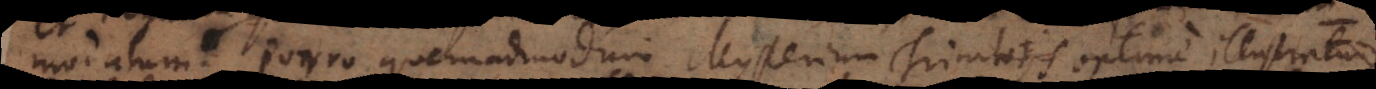
modatum, Porro quemadmodum Mysterium Trinitatis optime illustratur